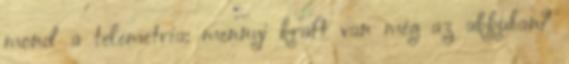
mond a telemetria: mennyi kraft van még az akkuban?